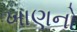
ખાણનો